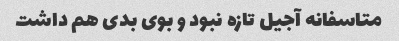
متاسفانه آجیل تازه نبود و بوی بدی هم داشت